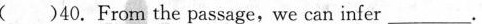
( )40. Frorm the passage,we can infer___.